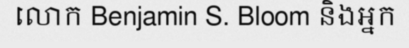
លោក Benjamin S. Bloom និងអ្នក